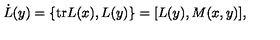
\dot { L } ( y ) = \{ \mathrm { t r } L ( x ) , L ( y ) \} = [ L ( y ) , M ( x , y ) ] ,